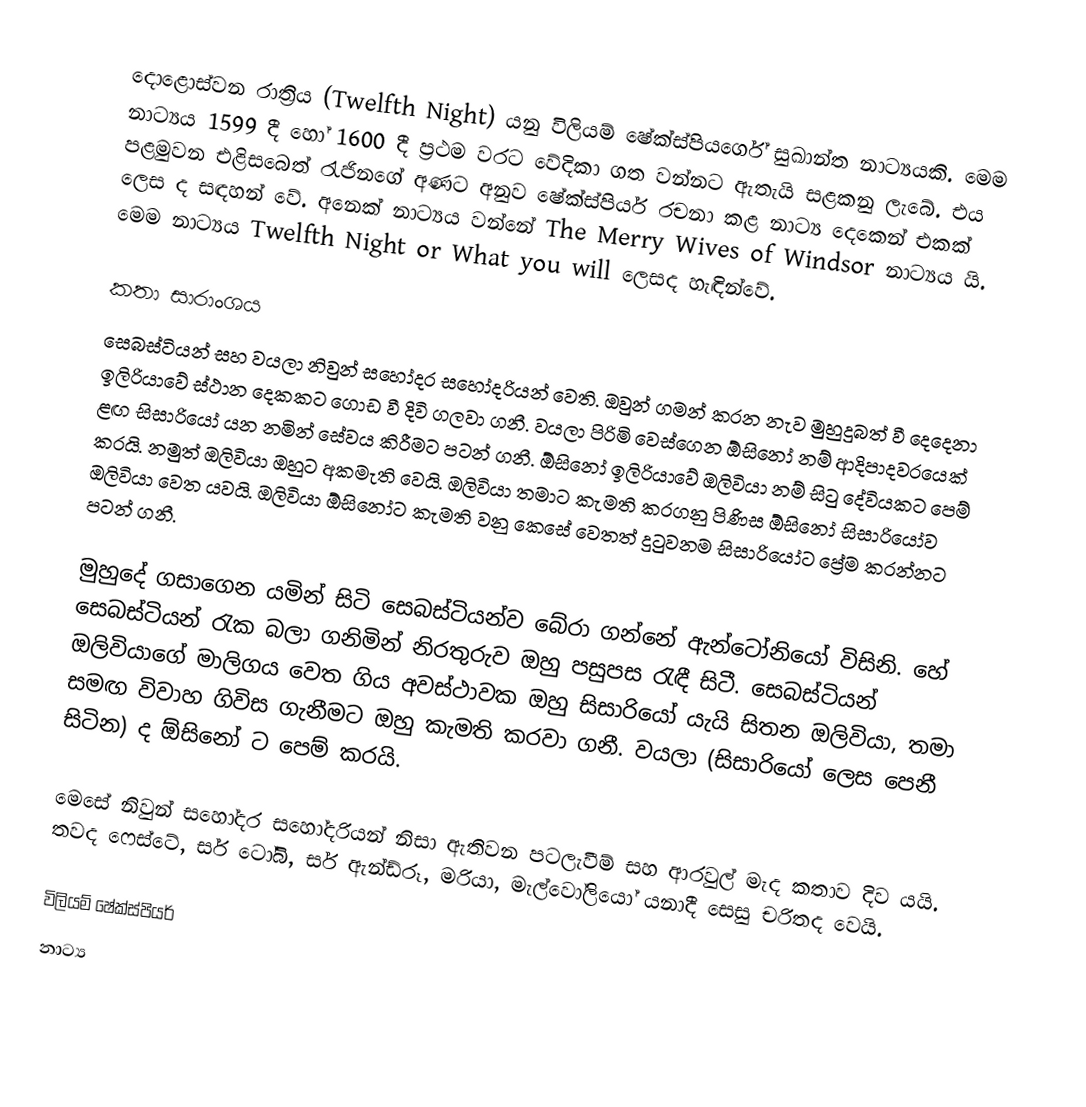
දොළොස්වන රාත්‍රිය (Twelfth Night) යනු විලියම් ෂේක්ස්පියර්ගේ සුඛාන්ත නාට්‍යයකි. මෙම නාට්‍යය 1599 දී හෝ 1600 දී ප්‍රථම වරට වේදිකා ගත වන්නට ඇතැයි සළකනු ලැබේ. එය පළමුවන එළිසබෙත් රැජිනගේ අණට අනුව ෂේක්ස්පියර් රචනා කළ නාට්‍ය දෙකෙන් එකක් ලෙස ද සඳහන් වේ. අනෙක් නාට්‍යය වන්නේ The Merry Wives of Windsor නාට්‍යය යි. මෙම නාට්‍යය Twelfth Night or What you will ලෙසද හැඳින්වේ.

කතා සාරාංශය
සෙබස්ටියන් සහ වයලා නිවුන් සහෝදර සහෝදරියන් වෙති. ඔවුන් ගමන් කරන නැව මුහුදුබත් වී දෙදෙනා ඉලිරියාවේ ස්ථාන දෙකකට ගොඩ වී දිවි ගලවා ගනී. වයලා පිරිමි වෙස්ගෙන ඕසිනෝ නම් ආදිපාදවරයෙක් ළඟ සිසාරියෝ යන නමින් සේවය කිරීමට පටන් ගනී. ඕසිනෝ ඉලිරියාවේ ඔලිවියා නම් සිටු දේවියකට පෙම් කරයි. නමුත් ඔලිවියා ඔහුට අකමැති වෙයි. ඔලිවියා තමාට කැමති කරගනු පිණිස ඕසිනෝ සිසාරියෝව ඔලිවියා වෙත යවයි. ඔලිවියා ඕසිනෝට කැමති වනු කෙසේ වෙතත් දුටුවනම සිසාරියෝට ප්‍රේම කරන්නට පටන් ගනී.

මුහුදේ ගසාගෙන යමින් සිටි සෙබස්ටියන්ව බේරා ගන්නේ ඇන්ටෝනියෝ විසිනි. හේ සෙබස්ටියන් රැක බලා ගනිමින් නිරතුරුව ඔහු පසුපස රැඳී සිටී. සෙබස්ටියන් ඔලිවියාගේ මාලිගය වෙත ගිය අවස්ථාවක ඔහු සිසාරියෝ යැයි සිතන ඔලිවියා, තමා සමඟ විවාහ ගිවිස ගැනීමට ඔහු කැමති කරවා ගනී. වයලා (සිසාරියෝ ලෙස පෙනී සිටින) ද ඕසිනෝ ට පෙම් කරයි.

මෙසේ නිවුන් සහෝදර සහෝදරියන් නිසා ඇතිවන පටලැවීම් සහ ආරවුල් මැද කතාව දිව යයි. තවද ෆෙස්ටේ, සර් ටෝබි, සර් ඇන්ඩ්රූ, මරියා, මැල්වෝලියෝ යනාදී සෙසු චරිතද වෙයි.

විලියම් ෂේක්ස්පියර්
නාට්‍ය